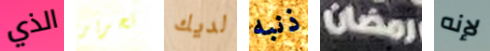
الذي تحرير لديك ذنبه رمضان لإنه